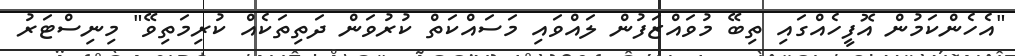
"އެހެންކަމުން އޮފީހެއްގައި ތިބޭ މުވައްޒަފުން ލައްވައި މަސައްކަތް ކުރުވަން ދަތިތަކެއް ކުރިމަތިވޭ" މިނިސްޓަރު